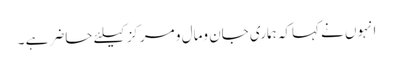
انہوں نے کہاکہ ہماری جان ومال و مرکزکیلئے حاضر ہے ۔